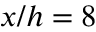
x / h = 8